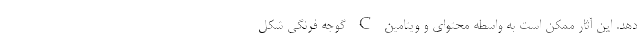
دهد. این آثار ممکن است به واسطه محتوای و ویتامین C گوجه فرنگی شکل